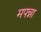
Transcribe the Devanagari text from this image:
मपन्ना